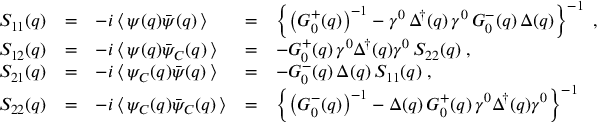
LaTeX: \begin{array} { l c l c l } { { S _ { 1 1 } ( q ) } } & { { = } } & { { - i \left\langle \, \psi ( q ) \bar { \psi } ( q ) \, \right\rangle } } & { { = } } & { { \left\{ \left( G _ { 0 } ^ { + } ( q ) \right) ^ { - 1 } - \gamma ^ { 0 } \, \Delta ^ { \dagger } ( q ) \, \gamma ^ { 0 } \, G _ { 0 } ^ { - } ( q ) \, \Delta ( q ) \right\} ^ { - 1 } \; , } } \\ { { S _ { 1 2 } ( q ) } } & { { = } } & { { - i \left\langle \, \psi ( q ) \bar { \psi } _ { C } ( q ) \, \right\rangle } } & { { = } } & { { - G _ { 0 } ^ { + } ( q ) \, \gamma ^ { 0 } \Delta ^ { \dagger } ( q ) \gamma ^ { 0 } \, S _ { 2 2 } ( q ) \; , } } \\ { { S _ { 2 1 } ( q ) } } & { { = } } & { { - i \left\langle \, \psi _ { C } ( q ) \bar { \psi } ( q ) \, \right\rangle } } & { { = } } & { { - G _ { 0 } ^ { - } ( q ) \, \Delta ( q ) \, S _ { 1 1 } ( q ) \; , } } \\ { { S _ { 2 2 } ( q ) } } & { { = } } & { { - i \left\langle \, \psi _ { C } ( q ) \bar { \psi } _ { C } ( q ) \, \right\rangle } } & { { = } } & { { \left\{ \left( G _ { 0 } ^ { - } ( q ) \right) ^ { - 1 } - \Delta ( q ) \, G _ { 0 } ^ { + } ( q ) \, \gamma ^ { 0 } \Delta ^ { \dagger } ( q ) \gamma ^ { 0 } \right\} ^ { - 1 } } } \end{array}